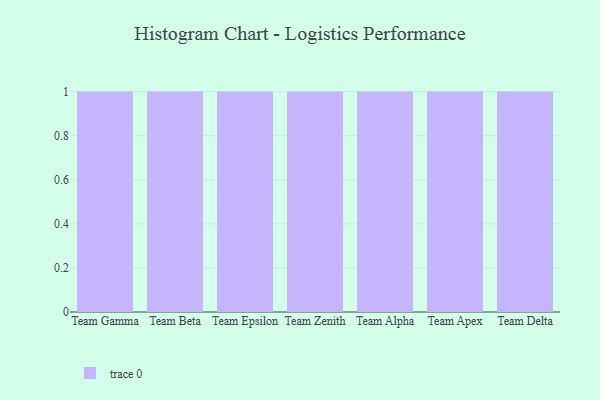
{"axis": {"x": "Team", "y": "Page Views"}, "legend": [""], "data": [{"x": "Team Gamma", "y": 40, "type": ""}, {"x": "Team Beta", "y": 64, "type": ""}, {"x": "Team Epsilon", "y": 70, "type": ""}, {"x": "Team Zenith", "y": 8, "type": ""}, {"x": "Team Alpha", "y": 8, "type": ""}, {"x": "Team Apex", "y": 15, "type": ""}, {"x": "Team Delta", "y": 38, "type": ""}]}